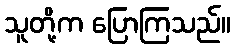
သူတို့က ပြောကြသည်။